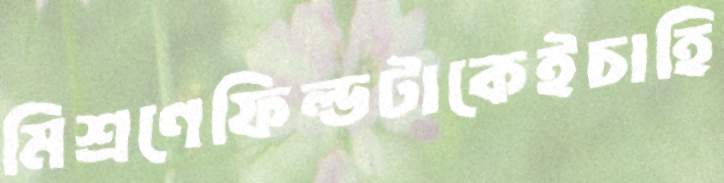
মিশ্রণেফিল্ডটাকেইচাহি